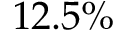
1 2 . 5 \%